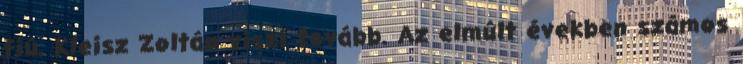
fiú, Kleisz Zoltán viszi tovább. Az elmúlt években számos